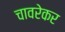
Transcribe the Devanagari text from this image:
चावरेकर